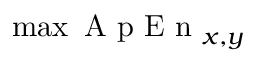
\operatorname* { m a x } { \mathrm { ~ A ~ p ~ E ~ n ~ } } _ { x , y }